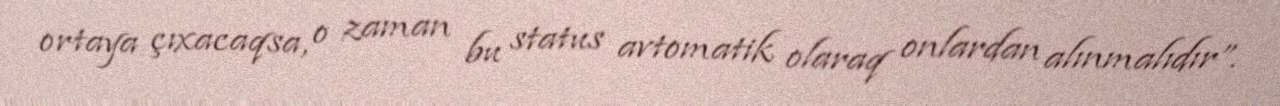
ortaya çıxacaqsa, o zaman bu status avtomatik olaraq onlardan alınmalıdır”.